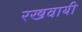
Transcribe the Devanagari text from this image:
रखवायी